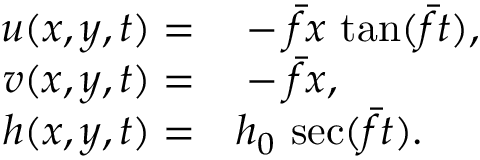
\begin{array} { r l } { u ( x , y , t ) = } & { { } - \bar { f } x \, \tan ( \bar { f } t ) , } \\ { v ( x , y , t ) = } & { { } - \bar { f } x , } \\ { h ( x , y , t ) = } & { { } h _ { 0 } \, \sec ( \bar { f } t ) . } \end{array}